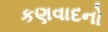
કણવાદનો